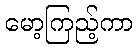
မော့ကြည့်ကာ